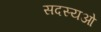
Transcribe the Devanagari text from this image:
सदस्यओ